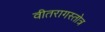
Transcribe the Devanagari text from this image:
वीतरागस्तोत्र